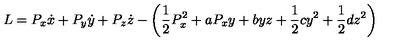
L = P _ { x } \dot { x } + P _ { y } \dot { y } + P _ { z } \dot { z } - \left( \frac { 1 } { 2 } P _ { x } ^ { 2 } + a P _ { x } y + b y z + \frac { 1 } { 2 } c y ^ { 2 } + \frac { 1 } { 2 } d z ^ { 2 } \right)